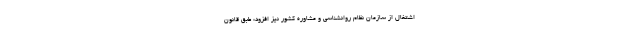
اشتغال از سازمان نظام روانشناسی و مشاوره کشور نیز افزود: طبق قانون